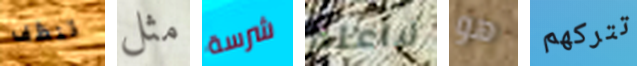
تنظف مثل شرسة لاأعلم هو تتركهم